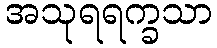
အသုရရက္ခသာ